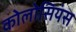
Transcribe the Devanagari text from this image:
कोलोसियंस